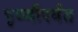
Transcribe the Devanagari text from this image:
पृथ्वीपर्यंत